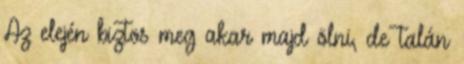
Az elején biztos meg akar majd ölni, de talán